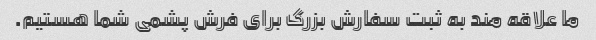
ما علاقه مند به ثبت سفارش بزرگ برای فرش پشمی شما هستیم.